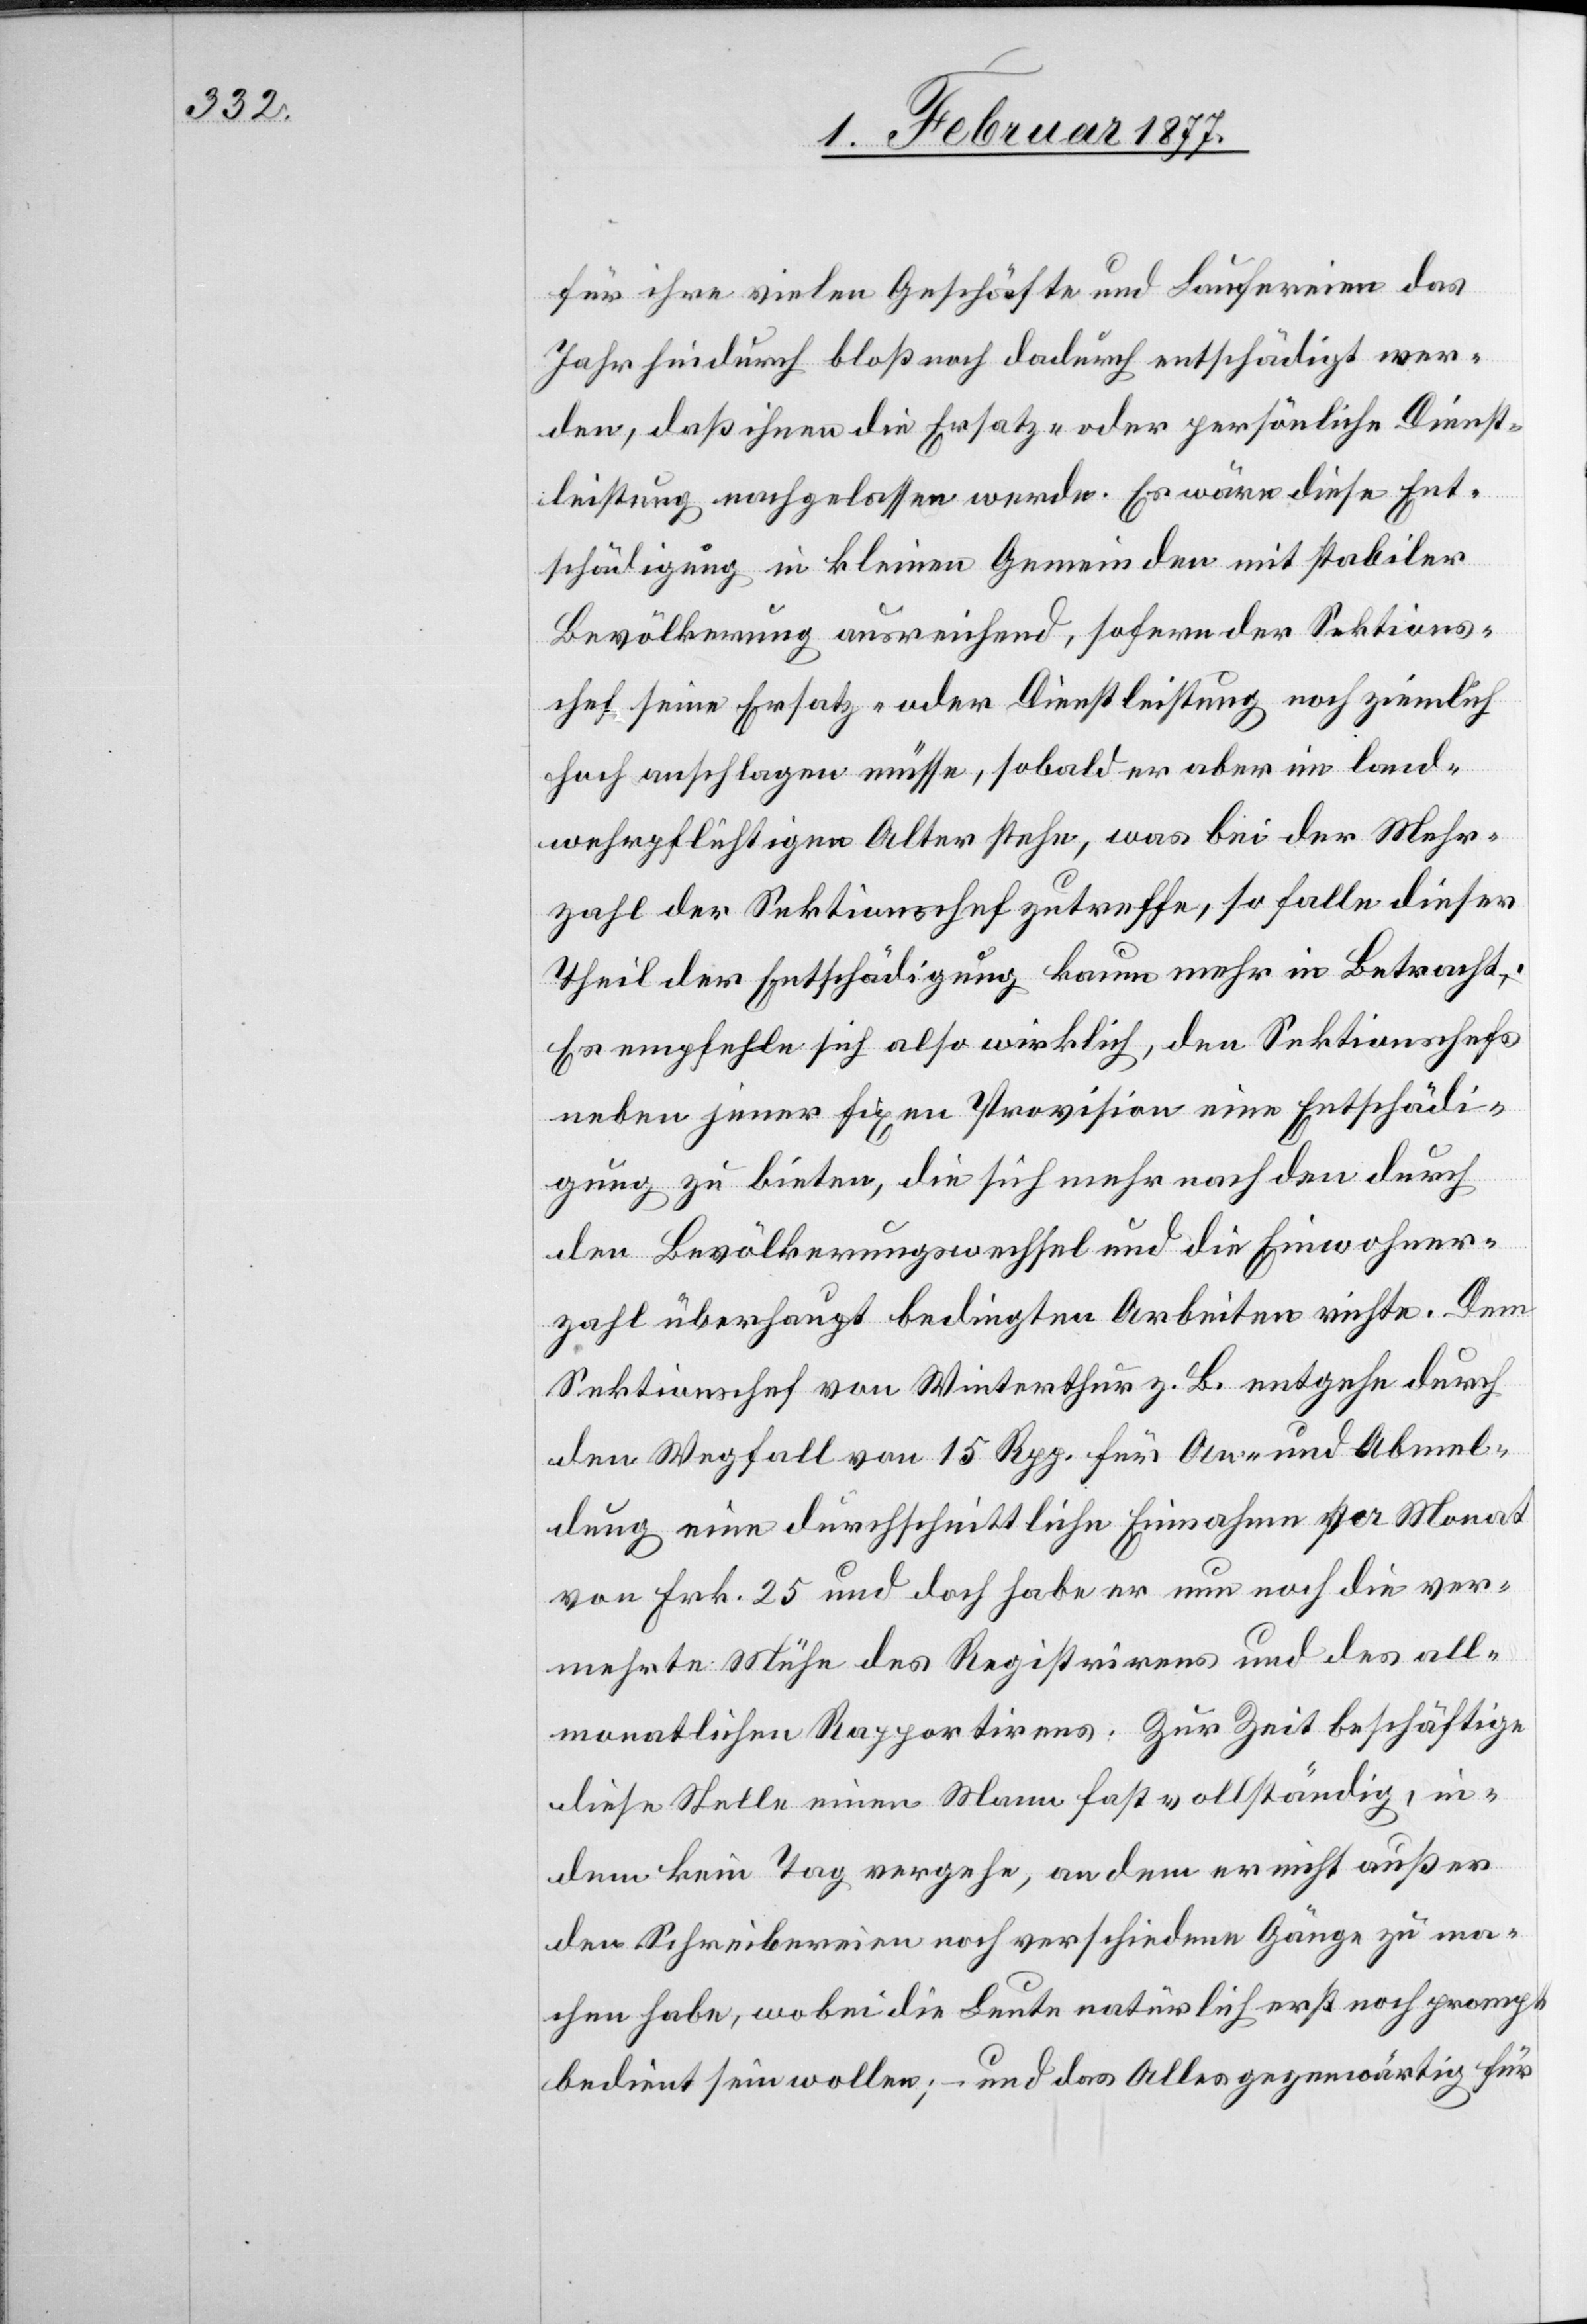
für ihre vielen Geschäfte und Laufereien das
Jahr hindurch bloß noch dadurch entschädigt wer¬
den, daß ihnen die Ersatz- oder persönliche Dienst¬
leistung nachgelassen werde. Es wäre diese Ent¬
schädigung in kleinen Gemeinden mit stabiler
Bevölkerung ausreichend, sofern der Sektions¬
chef seine Ersatz- oder Dienstleistung noch ziemlich
hoch anschlagen müsse, sobald er aber im land¬
wehrpflichtigen Alter stehe, was bei der Mehr¬
zahl der Sektionschefs zutreffe, so falle dieser
Theil der Entschädigung kaum mehr in Betracht.
Es empfehle sich also wirklich, den Sektionschefs
neben jener fixen Provision eine Entschädi¬
gung zu bieten, die sich mehr nach den durch
den Bevölkerungswechsel und die Einwohner¬
zahl überhaupt bedingten Arbeiten richte. Dem
Sektionschef von Winterthur z. B. entgehe durch
den Wegfall von 15 Rpp. für An- und Abmel¬
dung eine durchschnittliche Einnahme per Monat
von Frk. 25 und doch habe er nun noch die ver¬
mehrte Mühe des Registrirens und des all¬
monatlichen Rapportirens. Zur Zeit beschäftige
diese Stelle einen Mann fast vollständig, in¬
dem kein Tag vergehe, an dem er nicht außer
den Schreibereien noch verschiedene Gänge zu ma¬
chen habe, wobei die Leute natürlich erst noch prompt
bedient sein wollen; – und das Alles gegenwärtig für